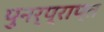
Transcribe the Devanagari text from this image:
पुनर्प्राप्‍त